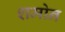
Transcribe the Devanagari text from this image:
शमोन